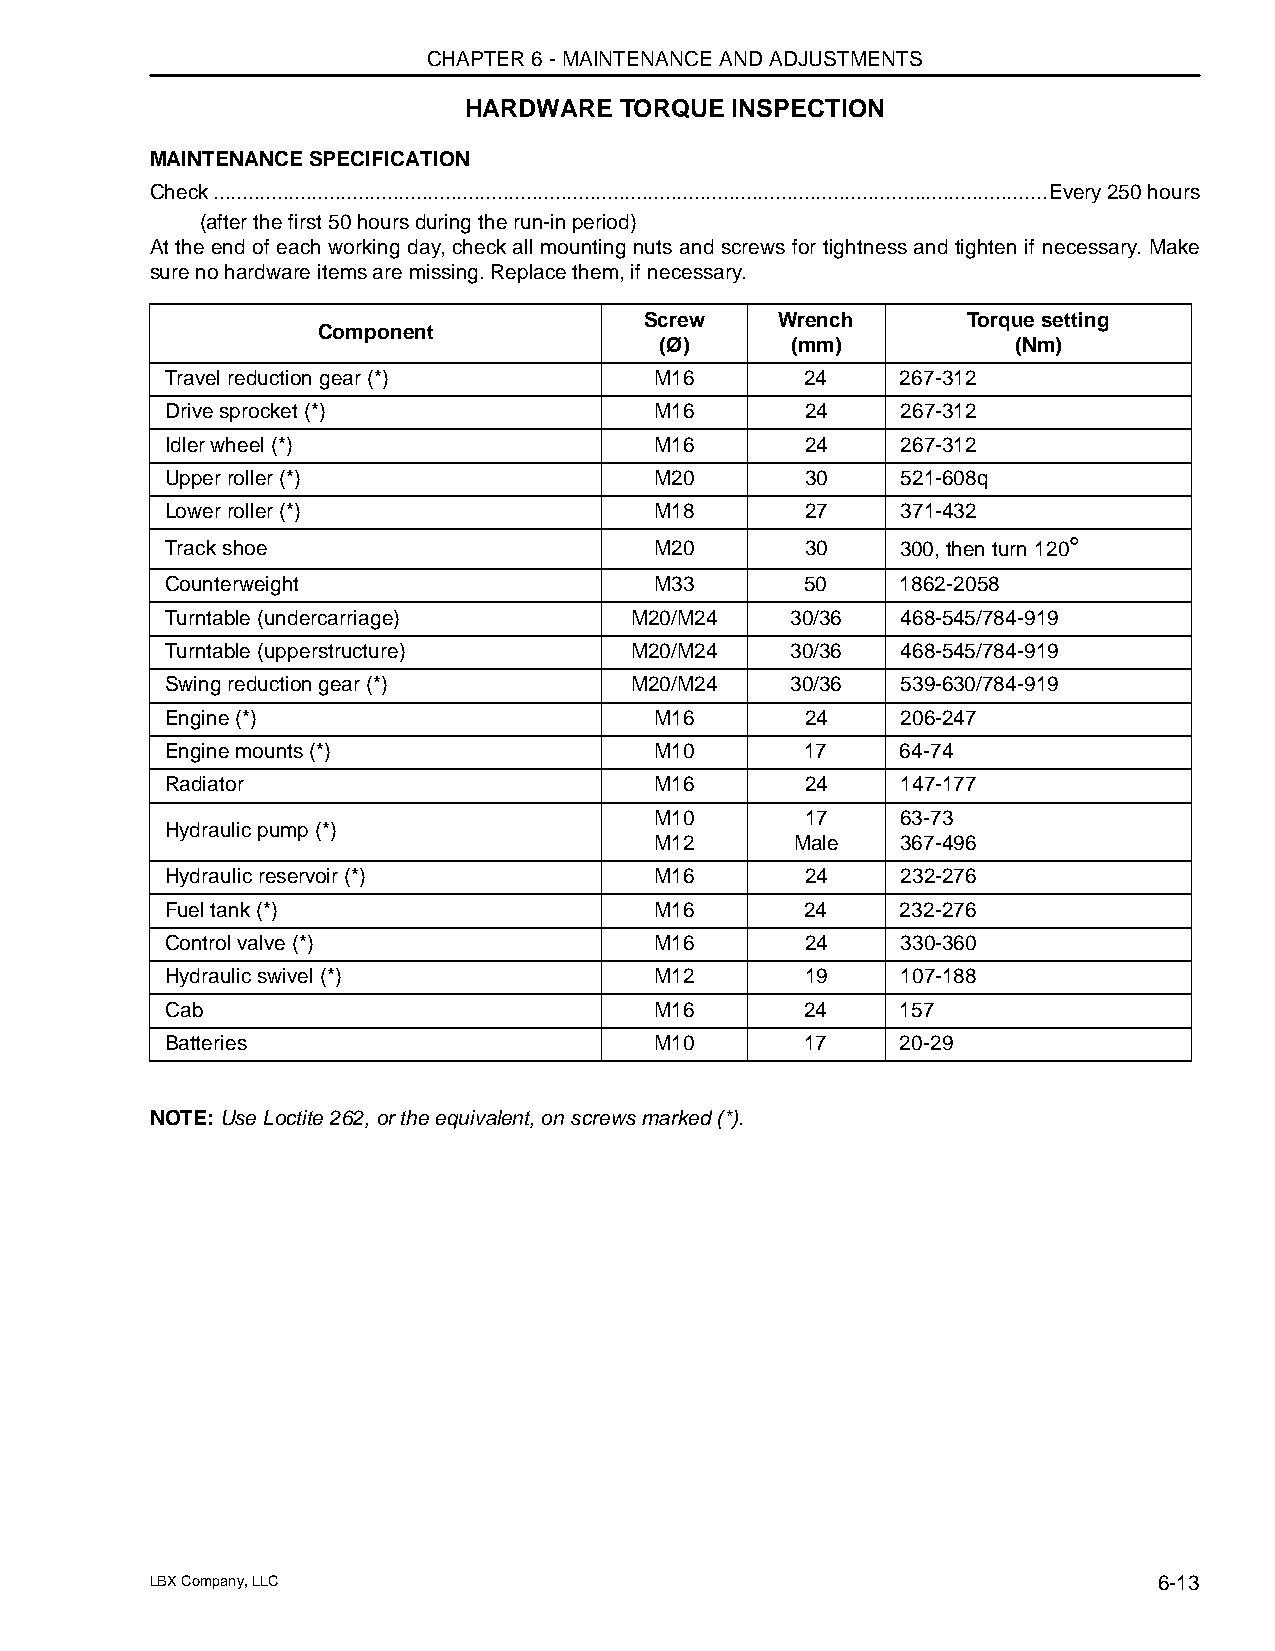
CHAPTER 6 - MAINTENANCE AND ADJUSTMENTS
 HARDWARE  TORQUE INSPECTION
 MAINTENANCE SPECIFICATION
 Check................................................................................................................................................Every 250 hours
 (after the first 50 hours during the run-in period)
 At the end of each working day, check all mounting nuts and screws for tightness and tighten if necessary. Make
 sure no hardware items are missing. Replace them, if necessary.
 Screw    Wrench      Torque setting
 Component
 (Ø)     (mm)           (Nm)
 Travel reduction gear (*)       M16       24     267-312
 Drive sprocket (*)              M16       24     267-312
 Idler wheel (*)                 M16       24     267-312
 Upper roller (*)                M20       30     521-608q
 Lower roller (*)                M18       27     371-432
 Track shoe                      M20       30     300, then turn 120°
 Counterweight                   M33       50     1862-2058
 Turntable (undercarriage)      M20/M24   30/36   468-545/784-919
 Turntable (upperstructure)     M20/M24   30/36   468-545/784-919
 Swing reduction gear (*)       M20/M24   30/36   539-630/784-919
 Engine (*)                      M16       24     206-247
 Engine mounts (*)               M10       17     64-74
 Radiator                        M16       24     147-177
 M10       17     63-73
 Hydraulic pump (*)
 M12       Male   367-496
 Hydraulic reservoir (*)         M16       24     232-276
 Fuel tank (*)                   M16       24     232-276
 Control valve (*)               M16       24     330-360
 Hydraulic swivel (*)            M12       19     107-188
 Cab                             M16       24     157
 Batteries                       M10       17     20-29
 NOTE: Use Loctite 262, or the equivalent, on screws marked (*).
 LBX Company, LLC                                                   6-13